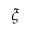
\xi